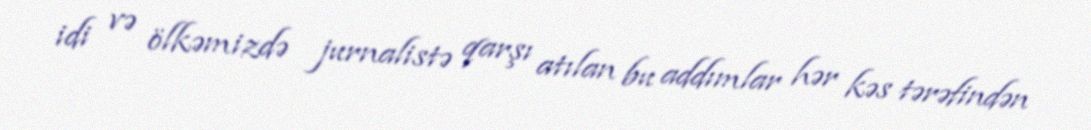
idi və ölkəmizdə jurnalistə qarşı atılan bu addımlar hər kəs tərəfindən